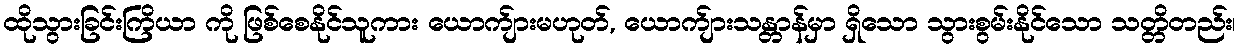
ထိုသွားခြင်းကြိယာ ကို ဖြစ်စေနိုင်သူကား ယောက်ျားမဟုတ်, ယောက်ျားသန္တာန်မှာ ရှိသော သွားစွမ်းနိုင်သော သတ္တိတည်း၊